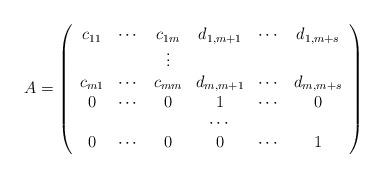
LaTeX: \begin{align*}A=\left( \begin{array}{cccccc} c_{11} & \cdots & c_{1m} & d_{1,m+1} & \cdots & d_{1,m+s} \\ & & \vdots & & & \\ c_{m1} & \cdots & c_{mm} & d_{m,m+1} & \cdots & d_{m,m+s} \\ 0 & \cdots & 0 & 1 & \cdots & 0 \\ & & & \cdots & & \\ 0 & \cdots & 0 & 0 & \cdots & 1 \\ \end{array} \right)\end{align*}